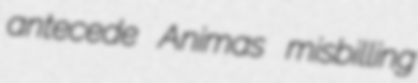
antecede Animas misbilling